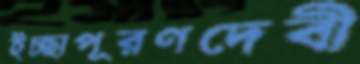
ইচ্ছাপূরণদেবী